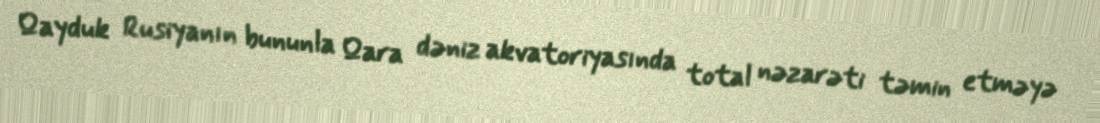
Qayduk Rusiyanın bununla Qara dəniz akvatoriyasında total nəzarəti təmin etməyə